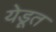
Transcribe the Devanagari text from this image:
येडूत